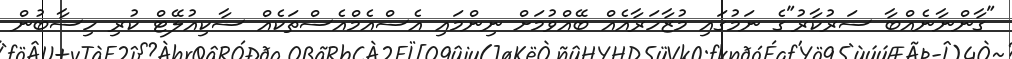
"ގާންނާނެއްބާ ސަރުކާރު"ގެ ނަމުގައި މުޒާހަރާއެއް ބޭއްވުމަށް ނިންމައި އެސްއެމްއެސްތަކެއް ސާކިއުލޭޓް ކުރި ހިސާބުން